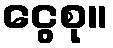
ငွေစု။